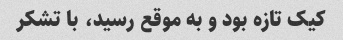
کیک تازه بود و به موقع رسید، با تشکر